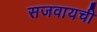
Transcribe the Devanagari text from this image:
सजवायची